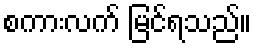
စကားလက် မြင်ရသည်။